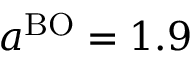
a ^ { \mathrm { B O } } = 1 . 9